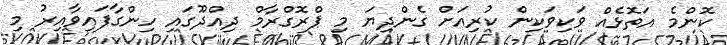
ކޮންމެ އަތޮޅެއް ވަކިވަކިން ކުރިއަށް ގެންދިޔަ މި ޕްރޮގްރާމް ދިއްދޫގައި ހިންގާފައިވާއިރު މި